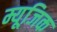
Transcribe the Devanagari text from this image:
म्यूजि़क